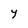
Character: Y